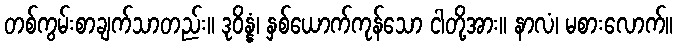
တစ်ကွမ်းစာချက်သာတည်း။ ဒုဝိန္နံ၊ နှစ်ယောက်ကုန်သော ငါတို့အား။ နာလံ၊ မစားလောက်။